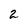
Character: 2